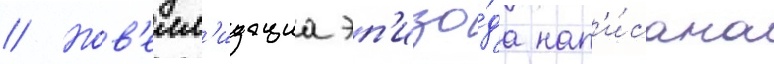
// Нов'елл'изациа эп'изо́да нап'и́сана